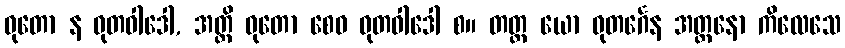
ဓုတော န ဓုတဝါဒေါ, အတ္ထိ ဓုတော စေဝ ဓုတဝါဒေါ စ။ တတ္ထ ယော ဓုတင်္ဂေန အတ္တနော ကိလေသေ